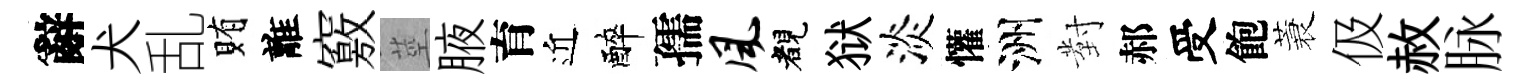
辭犬乱賄離竅莖腋育近醉孺风睹狱淡懽洲對郝受飽蓑伋赦脉